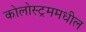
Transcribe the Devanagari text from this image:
कोलोस्ट्रममधील